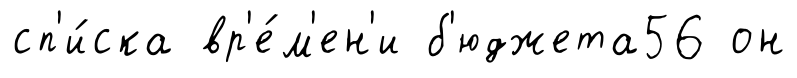
сп'и́ска вр'е́м'ен'и б'юджета56 он